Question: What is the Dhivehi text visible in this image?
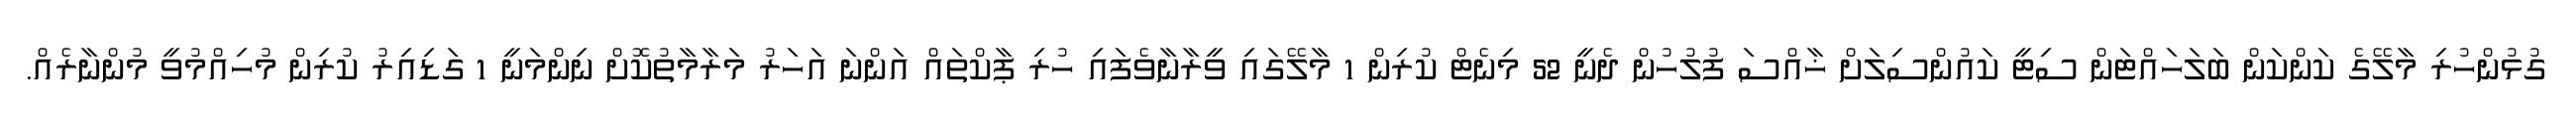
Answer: ގުޅުންހުރި މާލޭގެ ކަންކަން ބަލަހައްޓަން ސިޓީ ކައުންސިލަށް ޚާއްސަ ފުލުހުން ދެނީ 52 މިނެޓް ކުރިން 1 މާލޭގައި ވީރާނާވެފައި ހުރި ޕާކްތައް އަންނަ އަހަރު މަރާމާތުކޮށް ނިންމަނީ 1 ގަޑިއިރު ކުރިން މުހިއްމުވީ މުންނާރެއް.